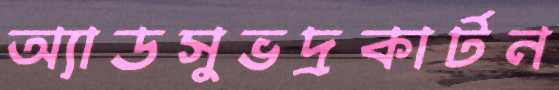
অ্যাডসুভদ্রকার্টন